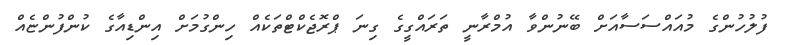
ފުލުހުންގެ މުއައްސަސާއަށް ބޭނުންވާ އުމްރާނީ ތަރައްގީގެ ގިނަ ޕްރޮޖެކްޓްތަކެއް ހިންގުމަށް އިންޑިއާގެ ކުންފުންޏެއް